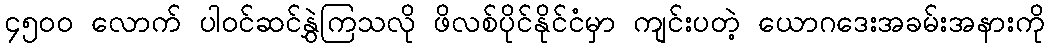
၄၅၀၀ လောက် ပါဝင်ဆင်နွှဲကြသလို ဖိလစ်ပိုင်နိုင်ငံမှာ ကျင်းပတဲ့ ယောဂဒေးအခမ်းအနားကို